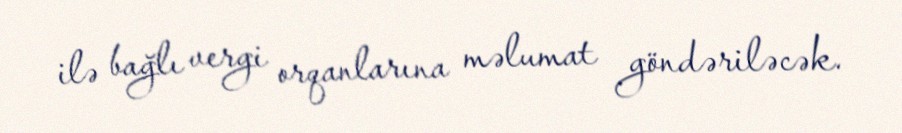
ilə bağlı vergi orqanlarına məlumat göndəriləcək.